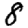
Digit: 8